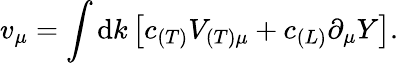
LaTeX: v_{\mu}=\int\mathrm{d}k\left[c_{(T)}V_{(T)\mu}+c_{(L)}\partial_{\mu}Y\right].